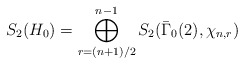
\begin{align*}S_2(H_0) = \bigoplus_{r = (n+1)/2}^{n-1} S_2(\bar \Gamma_0(2),\chi_{n,r})\end{align*}